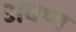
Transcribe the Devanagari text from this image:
अवष्य